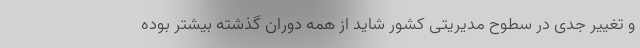
و تغییر جدی در سطوح مدیریتی کشور شاید از همه دوران گذشته بیشتر بوده